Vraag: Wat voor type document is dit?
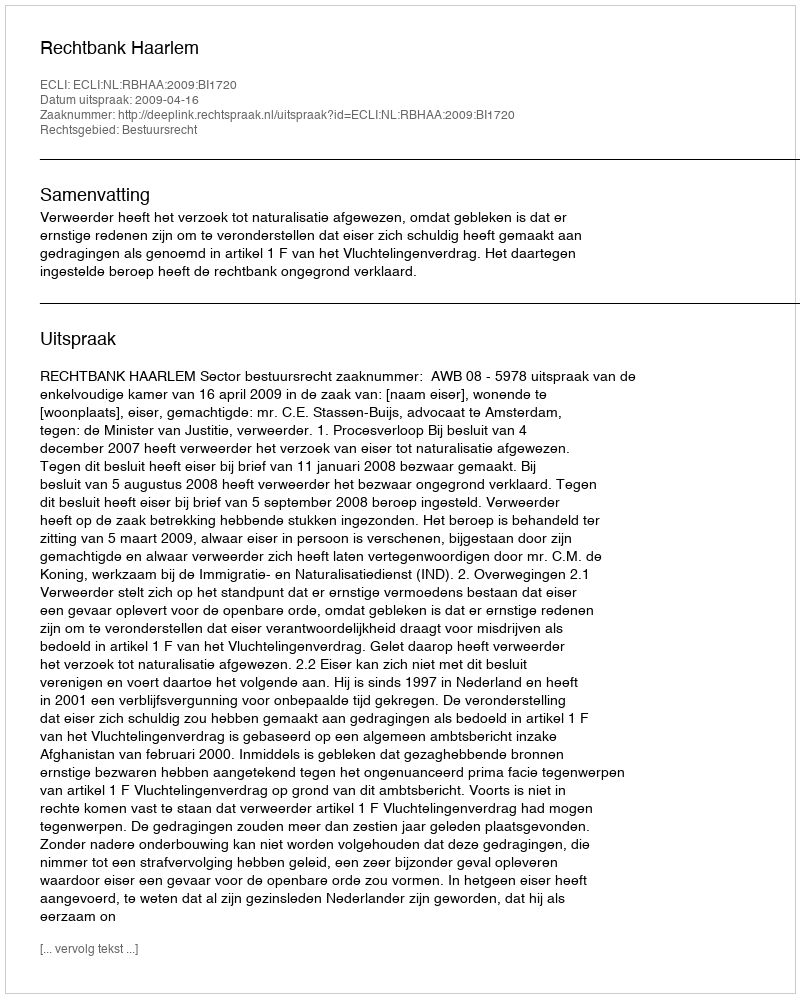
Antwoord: Uitspraak